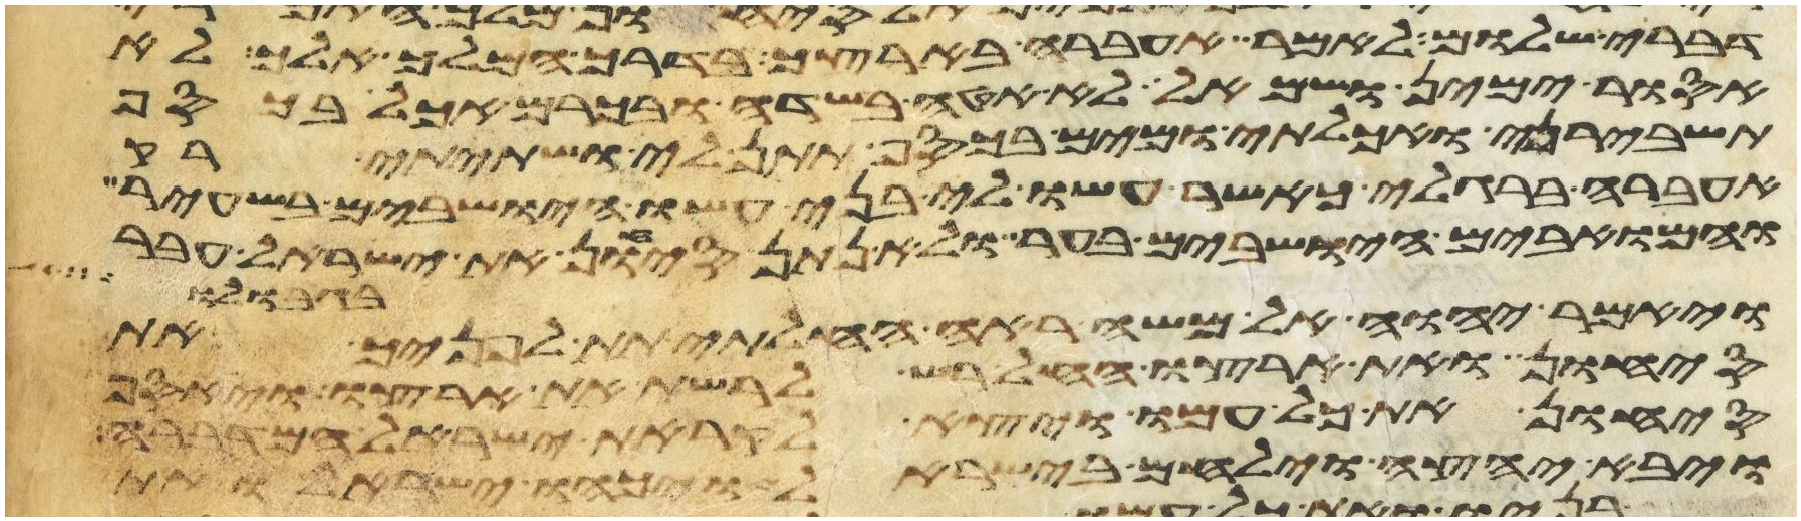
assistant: דברי שלום לאמר אעברה בארצך בדרך המלך אלך לא
אסור ימין ושמאל לא אטה בשדה ובכרם אכל בכסף
תשבירני ואכלתי ומים בכסף תתן לי ושתיתי רק
אעברה ברגלי כאשר עשו לי בני עשו הישבים בשעיר
והמואבים הישבים בער ולא נתן סיחון את ישראל עבר
בגבולו
ויאמר יהוה אל משה ראה החלתי תת לפניך את
סיחון ואת ארצו החל רש לרשת את ארצו ויאסף
סיחון את כל עמו ויצא לקראת ישראל המדברה
ויבא יחצה וילחם בישראל ויכהו ישראל ואת